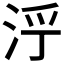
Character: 𱦒